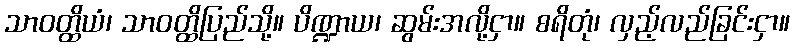
သာဝတ္ထိယံ၊ သာဝတ္ထိပြည်သို့။ ပိဏ္ဍာယ၊ ဆွမ်းအလို့ငှာ။ စရိတုံ၊ လှည့်လည်ခြင်းငှာ။